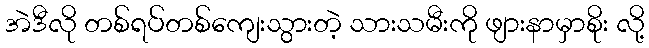
အဲဒီလို တစ်ရပ်တစ်ကျေးသွားတဲ့ သားသမီးကို ဖျားနာမှာစိုး လို့